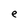
Character: e